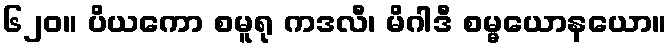
၆၂၀။ ပိယကော စမူရု ကဒလီ၊ မိဂါဒီ စမ္မယောနယော။